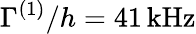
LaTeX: \Gamma^{(1)}/h=41\, \mathrm{{kHz}}